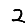
Digit: 2